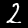
Digit: 2